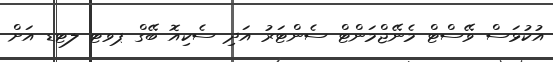
އުކުޅަސް ވޭސްޓް މެނޭޖްމަންޓް ސެންޓަރު އަދި ސެކިއޮ ބޭގް ޕވޓ ލޓޑ އަށް